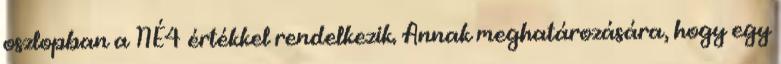
oszlopban a NÉ4 értékkel rendelkezik. Annak meghatározására, hogy egy